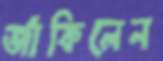
জাঁকিলেন